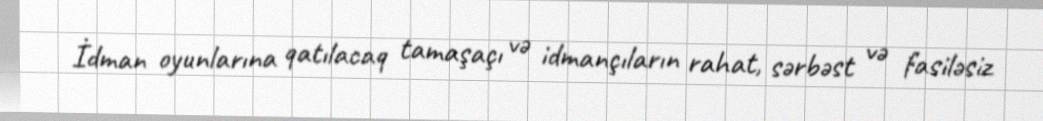
İdman oyunlarına qatılacaq tamaşaçı və idmançıların rahat, sərbəst və fasiləsiz